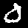
Digit: 0